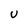
Character: U